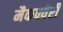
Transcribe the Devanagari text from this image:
मैकक्वेरी